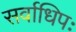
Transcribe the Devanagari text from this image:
सर्वाधिपः